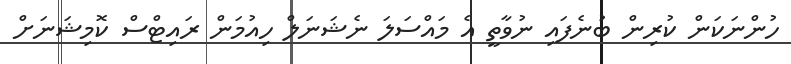
ހުންނަކަން ކުރިން ބުނެފައި ނުވާތީ އެ މައްސަލަ ނެޝަނަލް ހިއުމަން ރައިޓްސް ކޮމިޝަނަށް